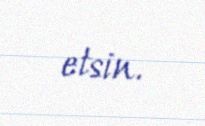
etsin.